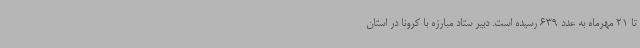
تا 21 مهرماه به عدد 639 رسیده است. دبیر ستاد مبارزه با کرونا در استان